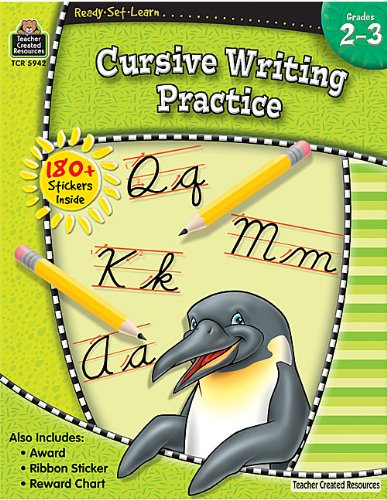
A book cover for Ready-Set-Learn: Cursive Writing Practice Grd 2-3; Teacher Created Resources Staff; Education & Teaching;